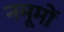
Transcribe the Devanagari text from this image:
नमूमों